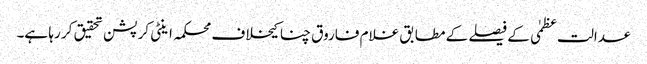
عدالت عظمٰی کے فیصلے کے مطابق غلام فاروق چنا کیخلاف محکمہ اینٹی کرپشن تحقیق کر رہا ہے۔